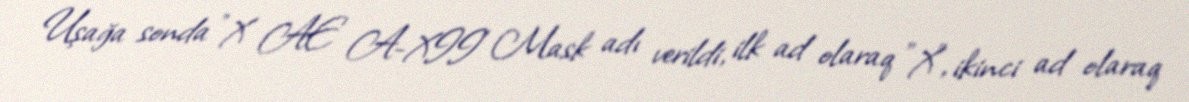
Uşağa sonda "X AE A-XII" Mask adı verildi, ilk ad olaraq "X", ikinci ad olaraq